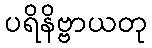
ပရိနိဗ္ဗာယတု